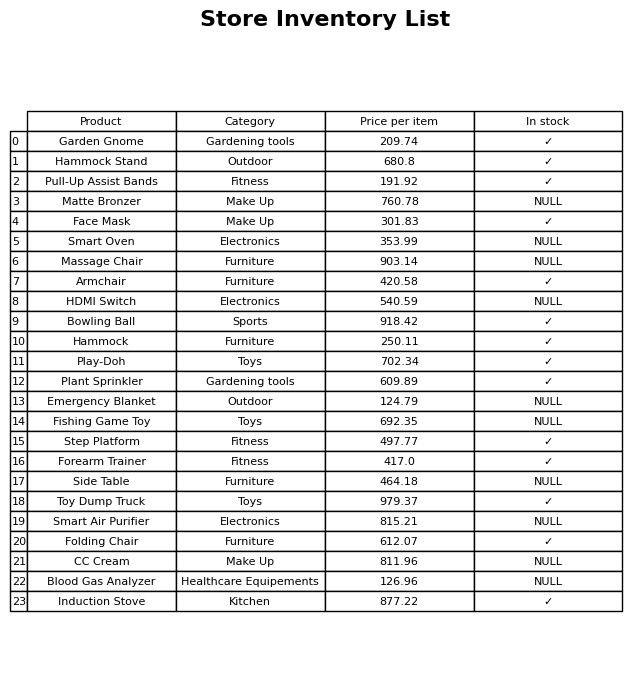
question: What is the price of the Fishing Game Toy?
answer: The price of Fishing Game Toy is 692.35.